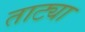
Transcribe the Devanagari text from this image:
ताट्या